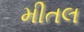
મીતલ